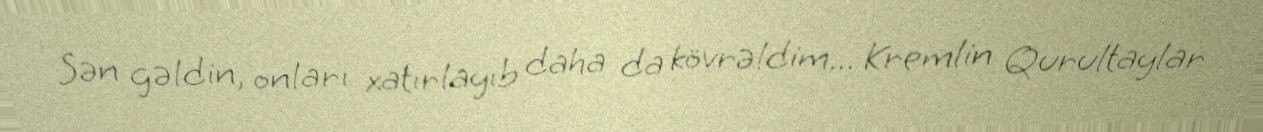
Sən gəldin, onları xatırlayıb daha da kövrəldim... Kremlin Qurultaylar